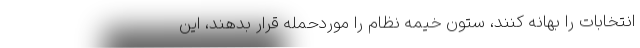
انتخابات را بهانه کنند، ستون خیمه نظام را موردحمله قرار بدهند، این